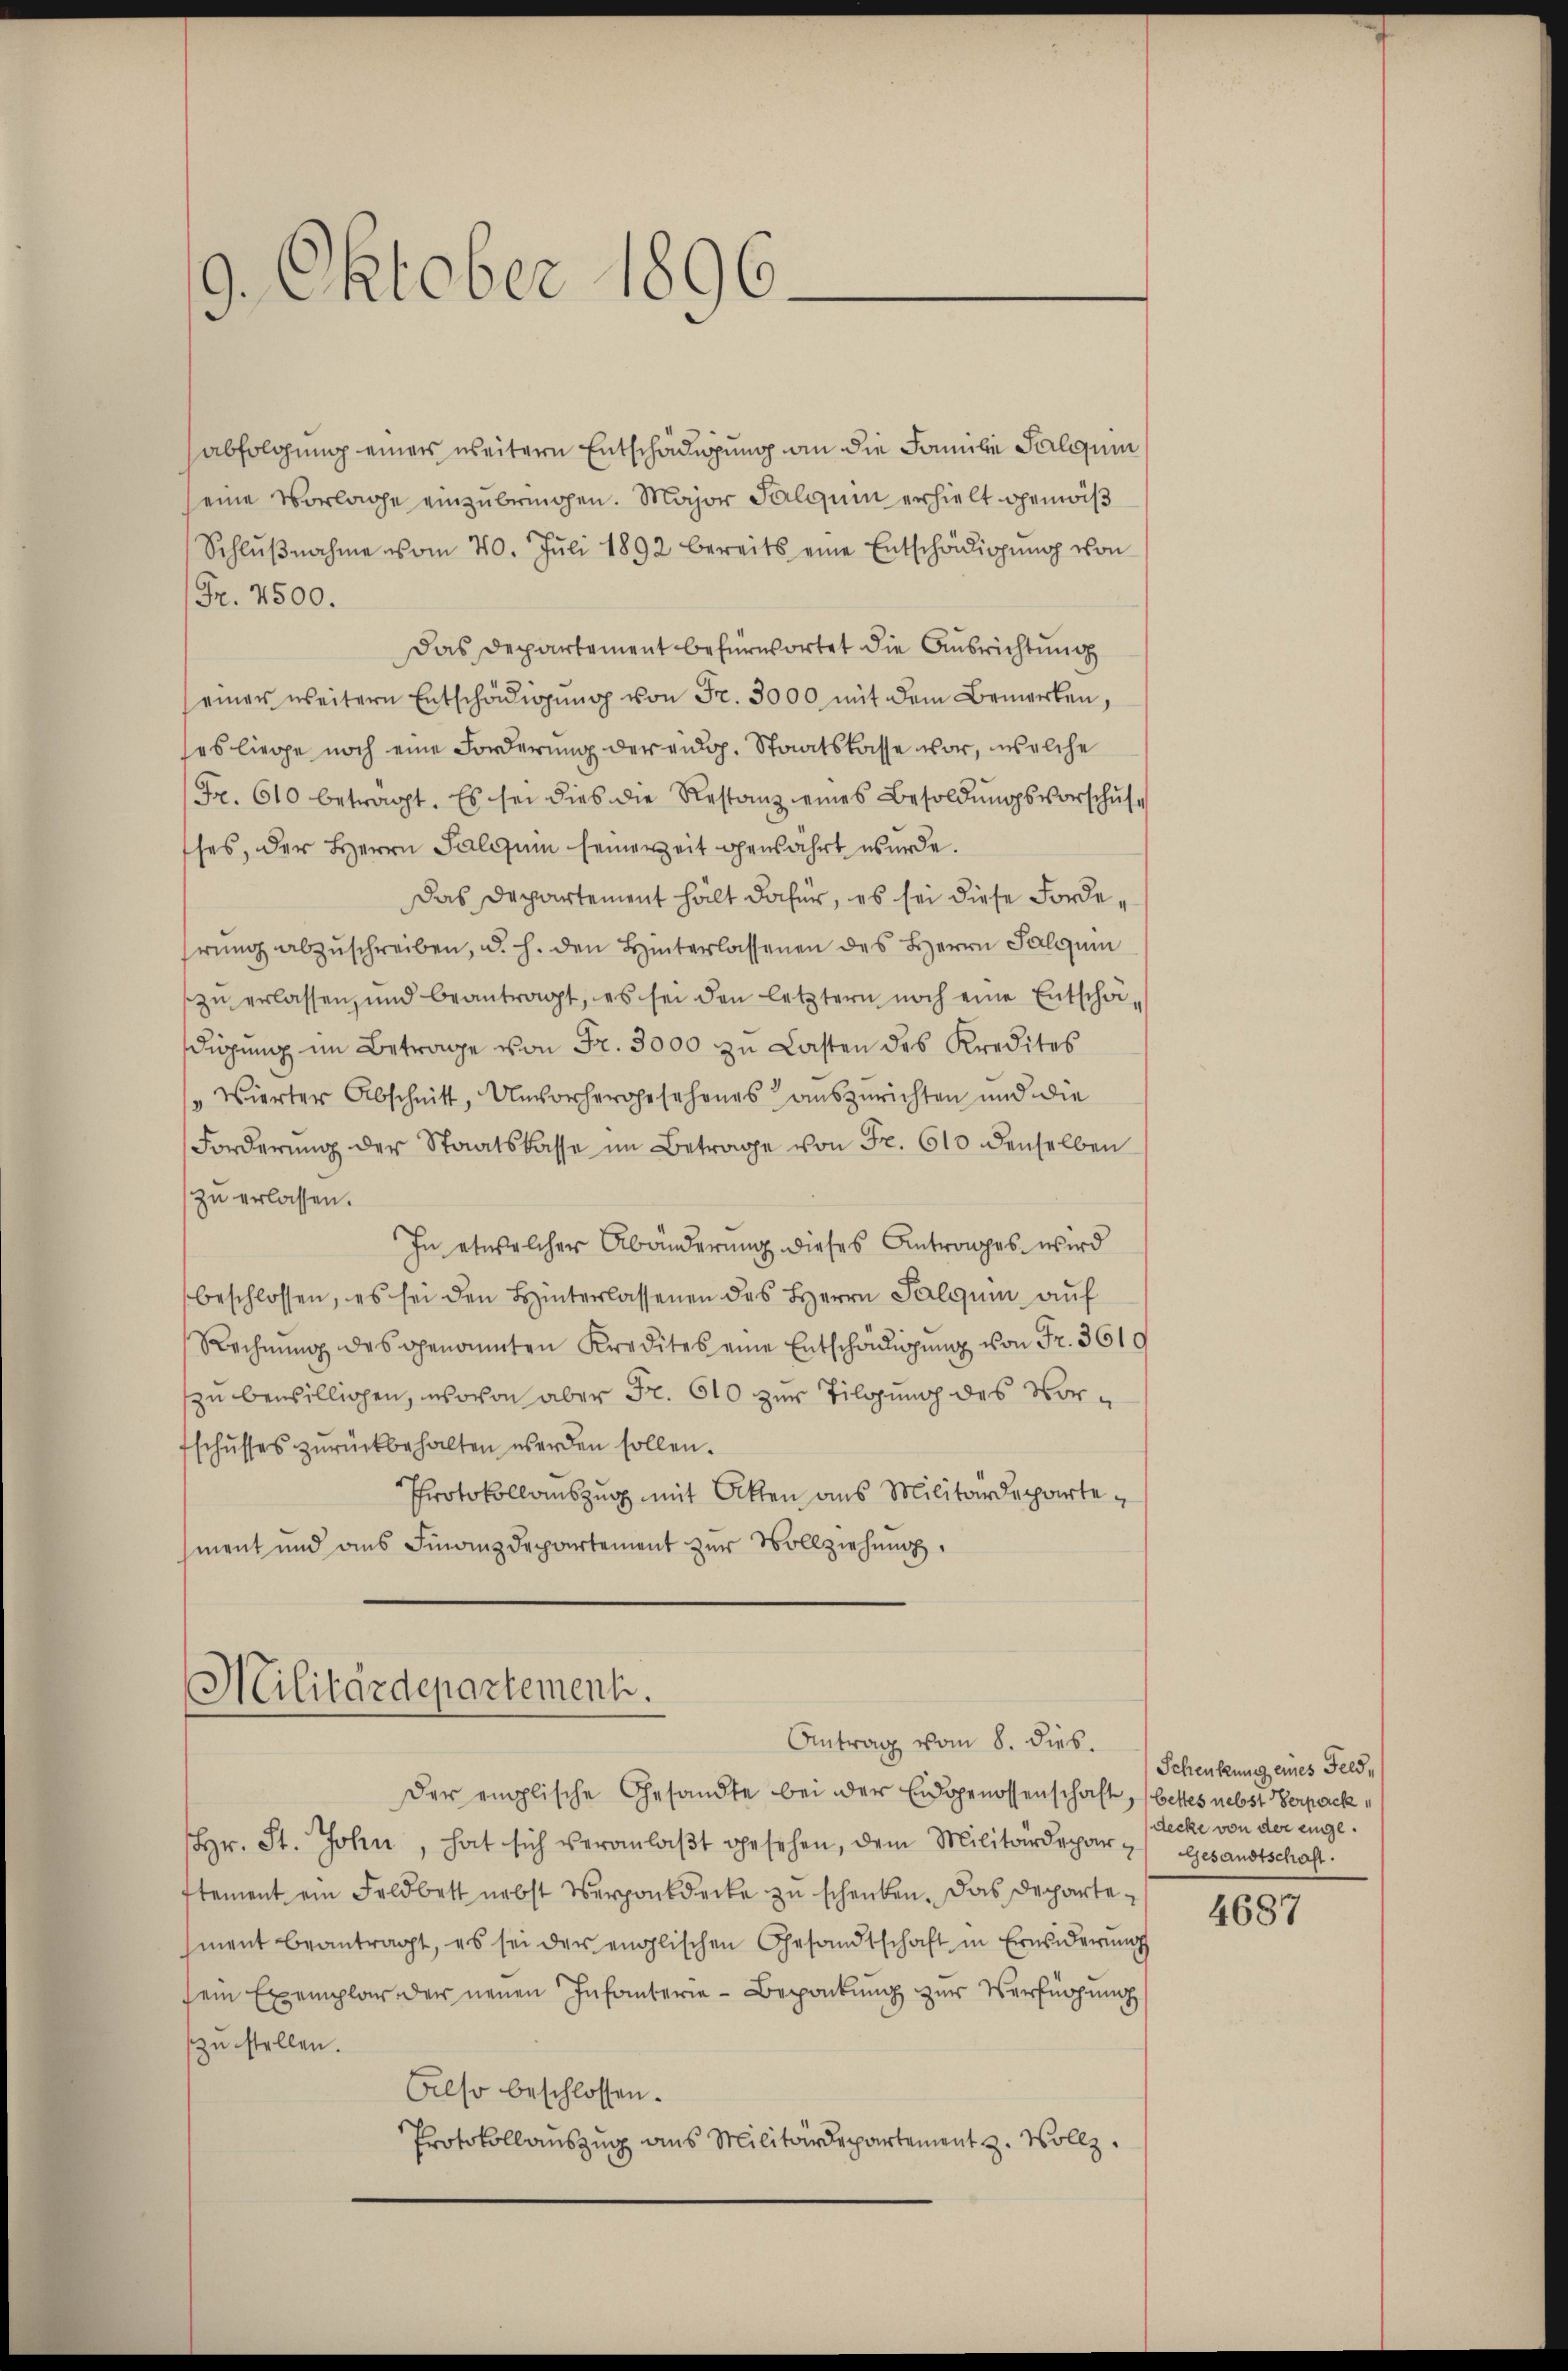
9. Oktober 1896.

abfolgung einer weitere Entschädigung an die Familie Salquin
seine Vorlage einzubringen. Major Salquin erhielt genöß
Schlŭβnahme vom 20. Jŭli 1892 bereits eine Entschädigŭng von
Fr. 2500.
Das Departement befürwortet die Ausrichtung
einer weitern Entschädigŭng von Fr. 3000 mit dem Bemerken,
es liege noch eine Forderung der eidg. Staatskasse vor, welche
Fr. 610 betragt. Es sei dies die Restanz eines Besoldŭngsvorschŭle
ses, der Herrn Salium seinerzeit gewährt wurde.
Das Departement hält dafür, es sei diese Fordehrung abzuschreiben, u. h. den Hinterlassenen des Herrn Salquin
zŭ erlassen, und beantragt, es sei den letztern noch eine Entschä-
digŭng im Betrage von Fr. 3000 zŭ Lasten des Kredites
"Wierter Abschnitt, Unvorhergesehenes auszurichten und die
Forderŭng der Staatskasse im Betrage von Fr. 610 denselben
zu erlassen.
In etwelcher Abänderung dieses Antrages wird
beschlossen, es sei den Hinterlassenen des Herrn Palqui auf
Rechnŭng des genannten Kredites eine Entschädigung von Fr. 3619
zu bewilligen, wovon aber Fr. 610 zur Tilgung des Vorfschusses zŭrückbehalten werden sollen.
Protokollauszug mit Akten aus Militärdepartement und aus Finanzdepartement zur Vollziehung,

Militärdepartement.
Antrag vom 8. dieß.

Der englische Gesandte bei der Eidgenossenschaft, (bettes nebst Verpack
hr. St. John, hat sich veranlaβt gesehen, dem Militärdepart Gesandtschaft.
stement ein Feldbett nebst Verpankdecke zu schenken. Das Departement beantragt, es sei der englischen Gesandtschaft in Erwiderŭng
sein Exemplar der neuen Infanterie-Bepackung zur Verfügung
zu stellen.
Also beschlossen.
Protokollauszug aus Militärdepartement z. Wollz

Schenkung eines Feld,
decke von der einge¬

4687